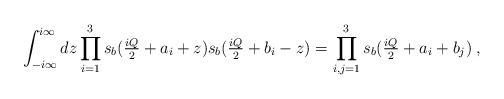
LaTeX: \begin{align*} \int^{i\infty}_{-i\infty} dz \prod_{i=1}^3 s_b(\tfrac{iQ}{2}+a_i+z) s_b(\tfrac{iQ}{2}+b_i-z)= \prod_{i,j=1}^3s_b(\tfrac{iQ}{2}+a_i+b_j) \; ,\end{align*}